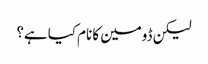
لیکن ڈومین کا نام کیا ہے؟